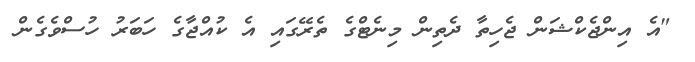
"އެ އިންޖެކްޝަން ޖެހިތާ ދެތިން މިނެޓްގެ ތެރޭގައި އެ ކުއްޖާގެ ހަބަރު ހުސްވެގެން